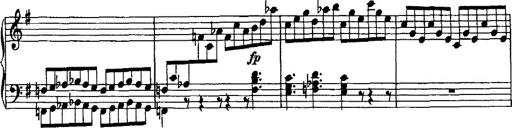
Title: Rondo di bravura
Composer: Franz Liszt